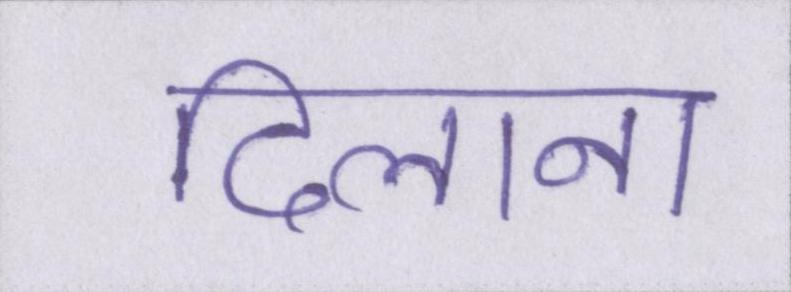
दिलाना